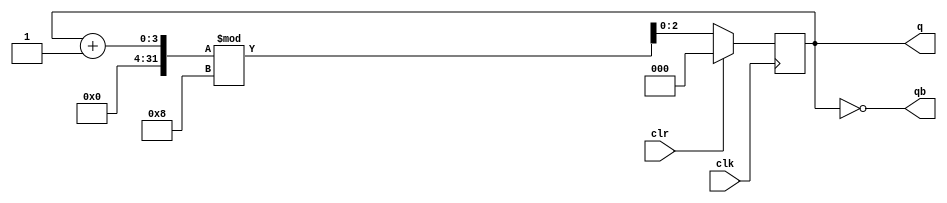
`timescale 1ns / 1ps
module modncount(clk,clr,q,qb);
parameter n=3;
parameter count=8;   //mod8 counter
input clk,clr;
output [n-1:0]q,qb;
reg [n-1:0]c;
always @ (posedge clk)
begin
if(clr)
    c<=0;
else
    c<=(c+1)%count;
end
assign q=c;   // D flipflop
assign qb=~c;
endmodule